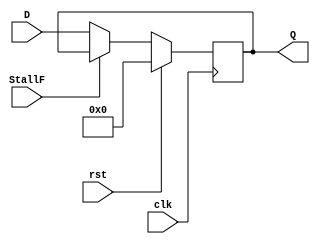
`timescale 1ns / 1ps
//////////////////////////////////////////////////////////////////////////////////
// Company: 
// Engineer: 
// 
// Design Name: 
// Module Name: register
// Project Name: 
// Target Devices: 
// Tool Versions: 
// Description: 
// 
// Dependencies: 
// 
// Revision:
// Revision 0.01 - File Created
// Additional Comments:
// 
//////////////////////////////////////////////////////////////////////////////////

module register(input [31:0] D, input clk,
input rst, input StallF,output reg [31:0] Q);
 always @(posedge clk)
 if (rst)
 begin
 Q <= 32'b00;
 end 
 else if(!StallF)
 begin
 Q <= D;
 end
endmodule